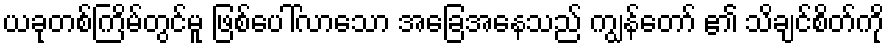
ယခုတစ်ကြိမ်တွင်မူ ဖြစ်ပေါ်လာသော အခြေအနေသည် ကျွန်တော် ၏ သိချင်စိတ်ကို